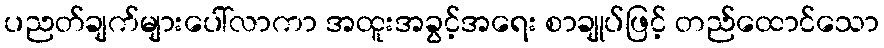
ပညတ်ချက်များပေါ်လာကာ အထူးအခွင့်အရေး စာချုပ်ဖြင့် တည်ထောင်သော